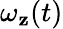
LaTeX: \omega_{\mathbf{z}}(t)